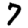
Digit: 7